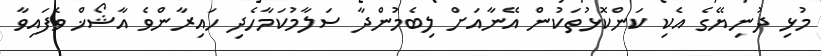
މުޅި ދުނިޔޭގެ އެކި ކަންކޮޅުތަކުން އޭނާއަށް ލިބެމުންދާ ސަލާމުކަމާހެދި ހައިރާންވެ އާޝޯޚް ވެފައިވާ